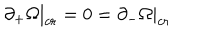
\partial _ { + } \Omega | _ { c r } = 0 = \partial _ { - } \Omega | _ { c r }